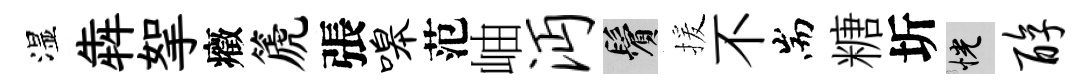
湿犇挐癥篪張嗥范岫沔鬢援不耑糖圻恍醇